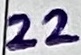
Text: 22